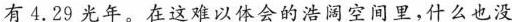
有4.29光年。在这难以体会的浩阔空间里，什么也没